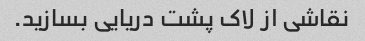
نقاشی از لاک پشت دریایی بسازید.